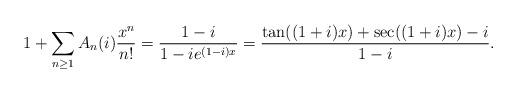
LaTeX: \begin{align*}1+\sum_{n\geq 1} A_n(i) \frac {x^n}{n!} = \frac {1-i}{1-ie^{(1-i)x}} = \frac{\tan((1+i)x)+\sec((1+i)x)-i}{1-i}.\end{align*}